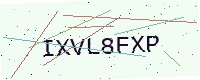
Text: IXVL8FXP